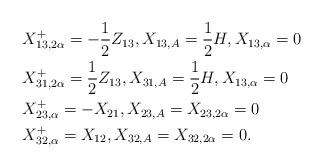
\begin{align*}&X_{13, 2\alpha}^+=-\frac{1}{2}Z_{13}, X_{13, A}=\frac{1}{2}H,X_{13, \alpha}=0\\&X_{31, 2\alpha}^+=\frac{1}{2}Z_{13},X_{31, A}=\frac{1}{2}H,X_{13,\alpha}=0\\&X_{23, \alpha}^+= -X_{21},X_{23, A}=X_{23, 2\alpha}=0\\&X_{32, \alpha}^+=X_{12},X_{32,A}=X_{32, 2\alpha}=0.\end{align*}